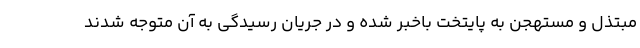
مبتذل و مستهجن به پایتخت باخبر شده و در جریان رسیدگی به آن متوجه شدند